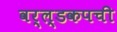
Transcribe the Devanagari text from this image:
वर्ल्डकपची